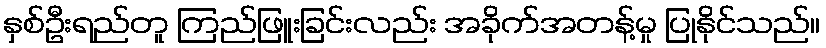
နှစ်ဦးရည်တူ ကြည်ဖြူးခြင်းလည်း အခိုက်အတန့်မှု ပြုနိုင်သည်။